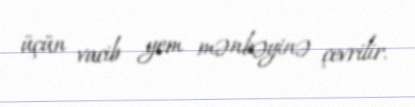
üçün vacib yem mənbəyinə çevrilir.